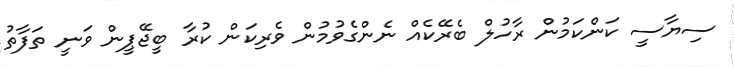
ސިޔާސީ ކަންކަމުން ރާހުލް ބެރޭކެއް ނެންގެވުމުން ވެރިކަން ކުރާ ބީޖޭޕީން ވަނީ ތަފާތު